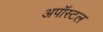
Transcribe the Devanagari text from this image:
अपॉस्टल